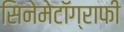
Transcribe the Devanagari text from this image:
सिनेमेटॉग्राफी